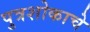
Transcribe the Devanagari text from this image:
पुत्रशोकाचे